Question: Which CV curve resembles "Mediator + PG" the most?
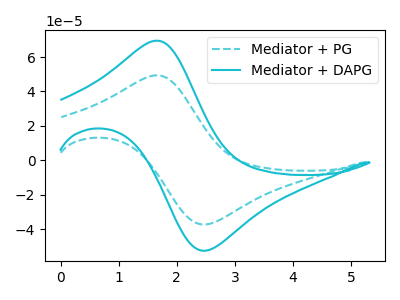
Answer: <think>The cyan dashed curve "Mediator + PG" has an anodic peak at (1.65V, 49.35uA) and a cathodic peak at (2.50V, -37.25uA). The cyan curve "Mediator + DAPG" has an anodic peak at (1.65V, 69.50uA) and a cathodic peak at (2.50V, -52.50uA).
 All the peaks in "Mediator + PG" have a peak in "Mediator + DAPG" at the same potential. Every peak in "Mediator + PG" is lower than every peak in "Mediator + DAPG".</think>
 <answer>The CV with the most similar shape to "Mediator + DAPG" is "Mediator + PG".</answer>
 <eval>"Mediator + PG"</eval>